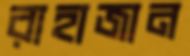
রাহাজান